Statistics compiled by the Government of India from the reports of provincial Civil Veterinary Departments
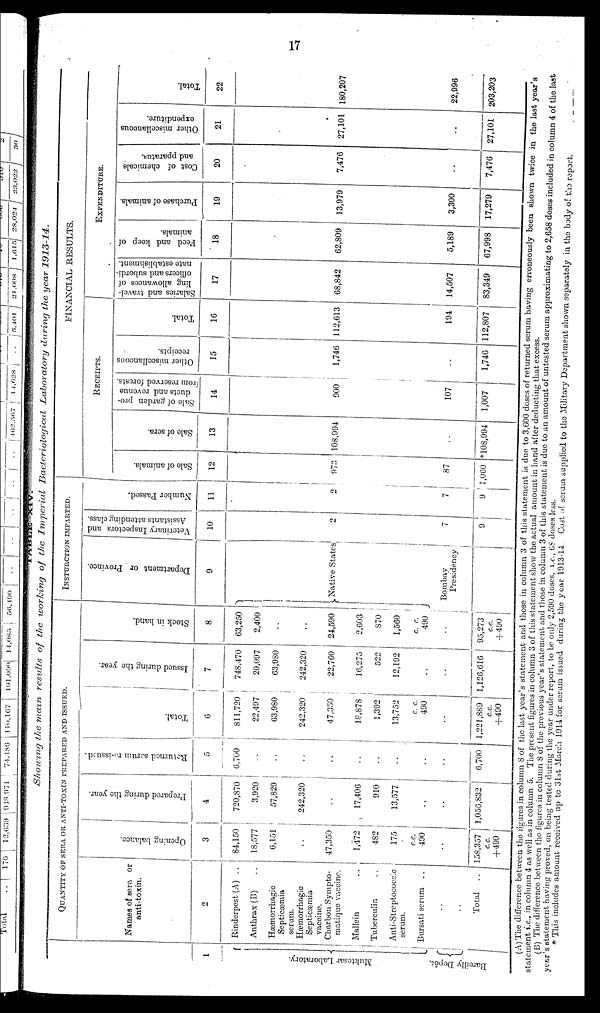
17
TABLE
XIV.
Showing the main results of the working of the Imperial
Bacteriological
Laboratory during the year 1913-14.
1
Mukt e s a r Laboratory.
Bar ei l l y Depôt .
QUANTITY OF SERA OR ANTI-TOXIN PREPARED AND ISSUED.
Names of sera or
anti-toxin.
2
Rinderpost (A) ..
Anthrax (B) ..
Hæmorrhagic
Septicæmia
serum.
Hæmorrhagic
Septicæmia
vacoine.
Charbon Sympto-
matique vaccine.
Mallein ..
Tuberculin ..
Anti-Streptococaic
serum.
Bursati serum ..
..
Total
..
Opening balance.
3
84,150
18,577
6,151
..
47,350
1,472
482
175
c.c.
490
..
158,357
c.c.
+490
Prepared during the year.
4
720,870
3,920
57,829
242,320
..
17,406
910
13,577
..
..
1,056,832
Returned serum re-issued.
5
6,760
..
..
..
..
..
..
..
..
..
6,700
Total.
6
811,720
22,497
63,980
242,320
47,350
18,878
1,392
13,752
c. c.
490
..
1,221,889
c.c.
+490
Issued during the year.
7
748,470
20.097
63,980
242,320
22,760
16,275
522
12,192
..
..
1,126,616
Stock in hand.
8
63,250
2,400
..
..
24,590
2,603
870
1,560
c. c.
490
..
95,273
c.c.
+ 490
INSTURCTION IMPARTED.
Department or Province.
9
Native States
Bombay
Presidency
Veterinary Inspectors and
Assistants attending class.
10
2
7
9
Number Passed.
11
2
7
9
FINANCIAL RESULTS.
RECEIPTS.
Sale of animals.
12
973
87
1,060
Sale of sera.
13
108,994
..
* 108,994
Sale of garden pro- J
ducts and revenue
from reserved forests.
14
900
107
1,007
Other miscellaneous
receipts.
15
1,746
..
1,746
Total.
16
112,613
194
112,807
EXPENDITURE.
Salaries and travel-
ling allowances of
officers and subordi-
nate establishment.
17
68,842
14,507
83,349
Feed and keep of
animals.
18
62,809
5,189
67,998
Purchase of animals.
19
13,979
3,300
17,279
Cost of chemicals
and pparatus.
20
7,476
..
7,476
Other miscellaneous
expenditure.
21
27,101
..
27,101
Total.
22
180,207
22,996
203,203
(A) The difference between the figures in column 8 of the last year's statement and those in column 3 of this statement is due to 3,600 doses of returned serum having erroneously been shown twice in the last year's
statement i.e., in column 4 as well as in column 5. The present figures in column 3 of this statement show the actual amount in hand after deducting that excess.
(B) The difference between the figures in column 8 of the previous year's statement and those in column 3 of this statement is due to an amount of untested serum approximating to 2,658 doses included in column 4 of the last
year's statement having proved, on being tested during the year under report, to bo only 2,590 doses, i.e., 68 doses less.
* This includes amount received up to 31st March 1914 for scrum issued during the year 1913-14 Cost of serum supplied to the Military Department shown separately in the body of the report.